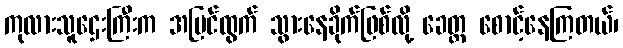
ကုလားသူဌေးကြီးက အပြင်ထွက် သွားနေခိုက်ဖြစ်လို့ ခေတ္တ စောင့်နေကြတယ်၊